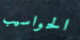
الحواسيب